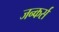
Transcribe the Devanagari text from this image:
जन्कर्स